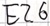
Text: E2.6